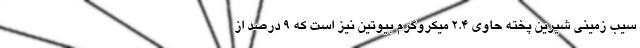
سیب زمینی شیرین پخته حاوی 2.4 میکروگرم بیوتین نیز است که 9 درصد از